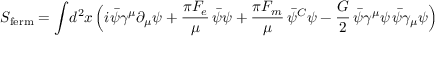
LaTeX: S _ { \mathrm { f e r m } } = \int \! d ^ { 2 } x \, \Bigl ( i \bar { \psi } \gamma ^ { \mu } \partial _ { \mu } \psi + { \frac { \pi F _ { e } } { \mu } } \, \bar { \psi } \psi + { \frac { \pi F _ { m } } { \mu } } \, \bar { \psi } ^ { C } \psi - { \frac { G } { 2 } } \, \bar { \psi } \gamma ^ { \mu } \psi \, \bar { \psi } \gamma _ { \mu } \psi \Bigr )